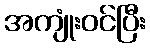
အကျုံးဝင်ပြီး